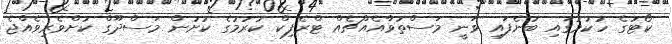
ކޯޓުގެ ހުކުމުގައި ބުނެފައި ވަނީ މަސްތުވާއެއްޗެއް ޓްރެފިކް ކުރުމުގެ ކުށުން މަސްދޫގް ކުށްވެރިވެއްޖެ